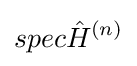
spec{\hat {H}}^{(n)}